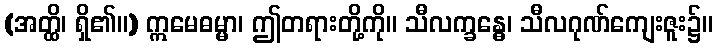
(အတ္ထိ၊ ရှိ၏။) ဣမေဓမ္မာ၊ ဤတရားတို့ကို။ သီလက္ခန္ဓေ၊ သီလဂုဏ်ကျေးဇူး၌။